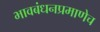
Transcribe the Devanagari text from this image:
भावबंधनप्रमाणेच